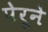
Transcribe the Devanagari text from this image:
पेरूने